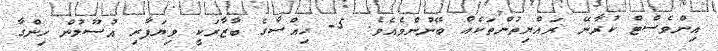
އިންވެސްޓް ކުރާނޭ ރައްޔިތުންތަކެއް ބޭނުންވެއެވެ. 5- ހިއްސާގެ ބާޒާރަކީ ވިޔަފާރި އުސޫލުން ހިންގާ